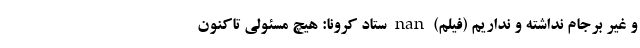
و غیر برجام نداشته و نداریم (فیلم) nan ستاد کرونا: هیچ مسئولی تاکنون